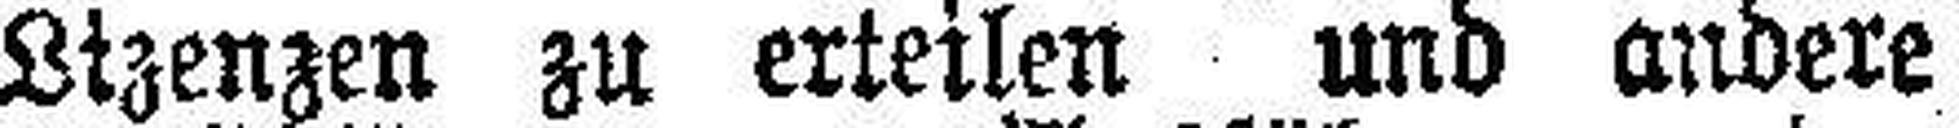
Lizenzen zu erteilen und andere